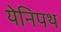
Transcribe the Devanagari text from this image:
येनिपथ